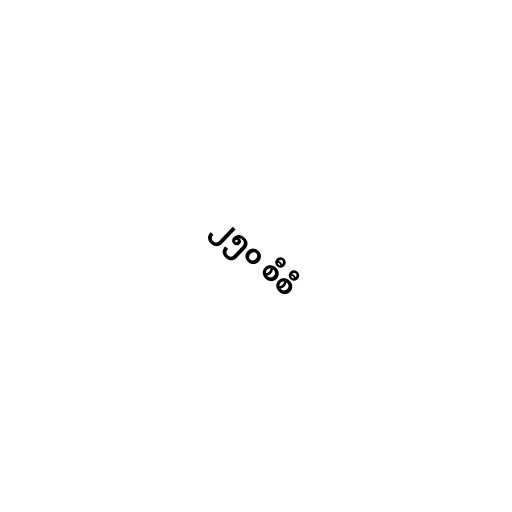
၂၅၀ စီစီ